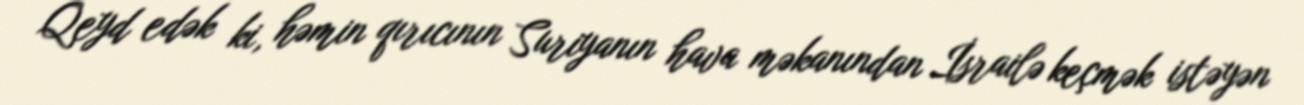
Qeyd edək ki, həmin qırıcının Suriyanın hava məkanından İsrailə keçmək istəyən